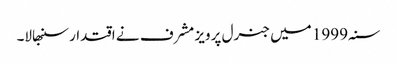
سنہ 1999 میں جنرل پرویز مشرف نے اقتدار سنبھالا۔